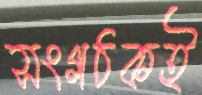
সংগঠকই